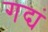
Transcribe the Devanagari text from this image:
गद्यं